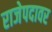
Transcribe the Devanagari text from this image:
राजेपदावर